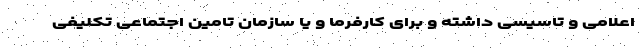
اعلامی و تاسیسی داشته و برای کارفرما و یا سازمان تامین اجتماعی تکلیفی